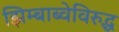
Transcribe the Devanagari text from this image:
झिम्बाब्वेविरुद्ध